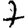
Digit: 7